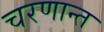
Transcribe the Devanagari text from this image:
चरणान्त